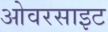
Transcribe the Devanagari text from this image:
ओवरसाइट